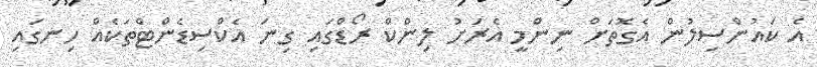
އެ ކައުންސިލުން އެގޮތަށް ނިންމީ އެރަށު ލިންކް ރޯޑްގައި ގިނަ އެކްސިޑެންޓްތަކެއް ހިނގައި